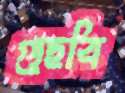
গুছবি